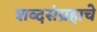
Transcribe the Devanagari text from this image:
शब्दसंग्रहाचे